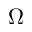
\Omega